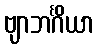
ဗျာဘင်္ဂိယာ